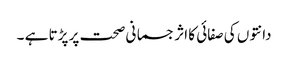
دانتوں کی صفائی کا اثر جسمانی صحت پر پڑتا ہے ۔